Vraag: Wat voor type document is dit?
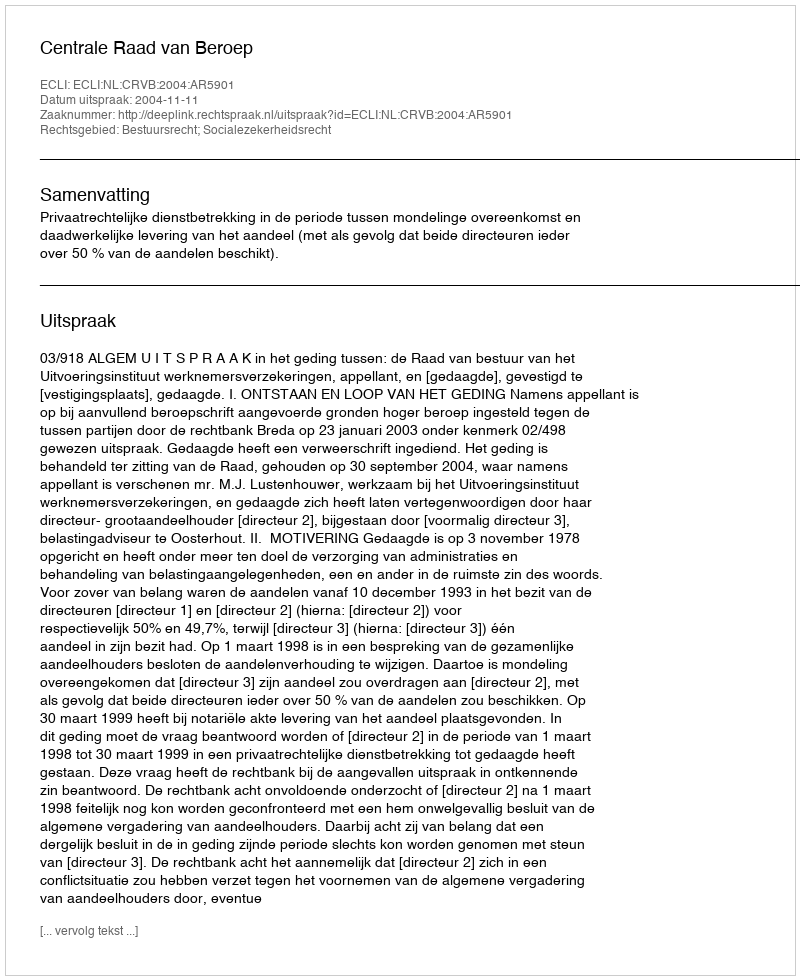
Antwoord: Uitspraak